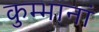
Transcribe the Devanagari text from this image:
कुम्भानां